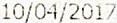
10/04/2017